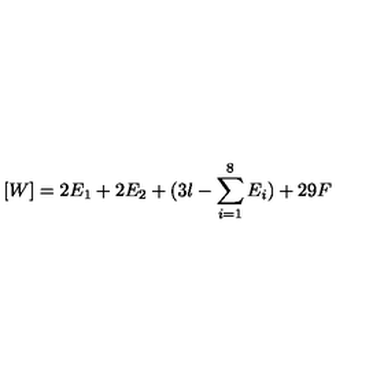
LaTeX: [ W ] = 2 E _ { 1 } + 2 E _ { 2 } + ( 3 l - \sum _ { i = 1 } ^ { 8 } E _ { i } ) + 2 9 F